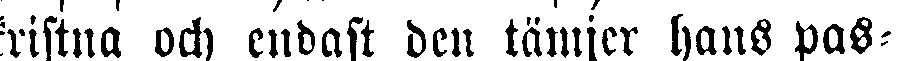
kristna och endast den tämjer hans pas-